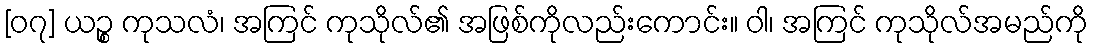
[၀၇] ယဉ္စ ကုသလံ၊ အကြင် ကုသိုလ်၏ အဖြစ်ကိုလည်းကောင်း။ ဝါ၊ အကြင် ကုသိုလ်အမည်ကို